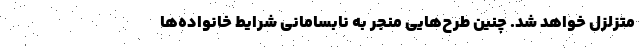
متزلزل خواهد شد. چنین طرح‌هایی منجر به نابسامانی شرایط خانواده‌ها